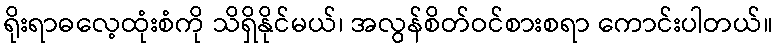
ရိုးရာဓလေ့ထုံးစံကို သိရှိနိုင်မယ်၊ အလွန်စိတ်ဝင်စားစရာ ကောင်းပါတယ်။